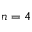
n = 4